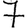
Digit: 7